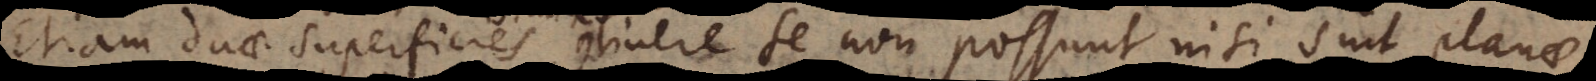
Etiam duae superficies continere se non possunt nisi sint plana